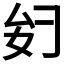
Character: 𫨧